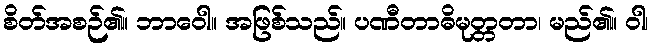
စိတ်အစဉ်၏။ ဘာဝေါ။ အဖြစ်သည်။ ပဏီတာဓိမုတ္တတာ၊ မည်၏။ ဝါ၊